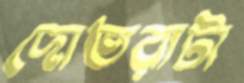
দোতরাটা